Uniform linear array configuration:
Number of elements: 4
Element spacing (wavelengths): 0.5
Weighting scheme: cosine
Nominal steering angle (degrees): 30
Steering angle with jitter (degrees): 31.182
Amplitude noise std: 0.05
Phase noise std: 0.05

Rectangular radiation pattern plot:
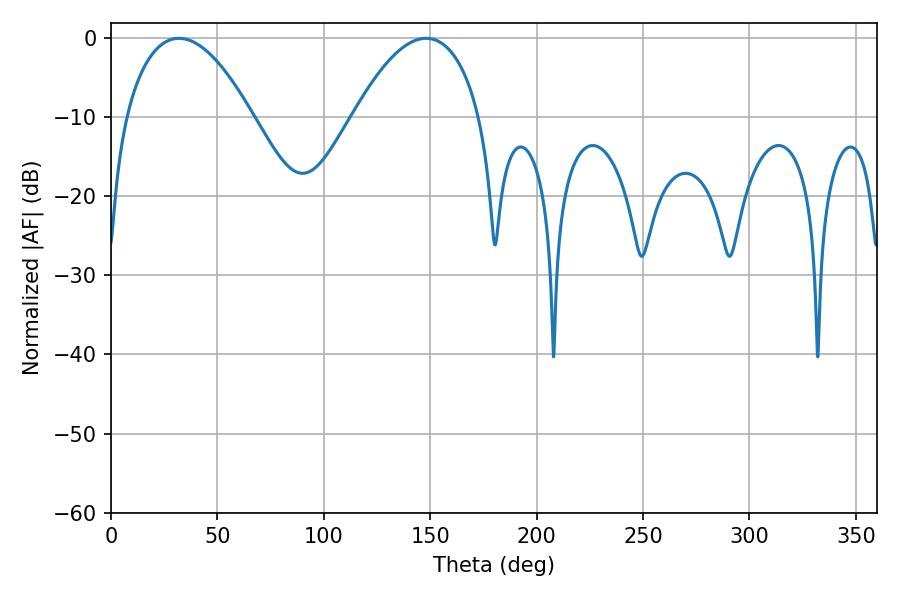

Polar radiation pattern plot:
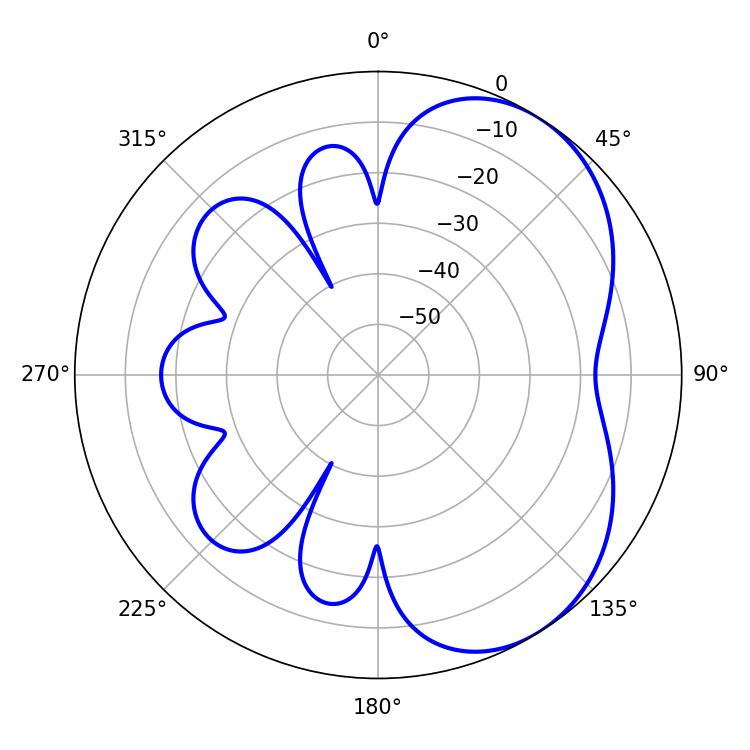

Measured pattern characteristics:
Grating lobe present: FALSE
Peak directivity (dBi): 4.809
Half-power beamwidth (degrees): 33.12
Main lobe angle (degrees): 31.86